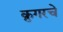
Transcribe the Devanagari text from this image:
क्रुगरचे